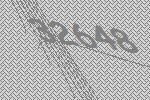
32648